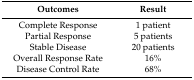
<table><thead><tr><td><b>Outcomes</b></td><td><b>Result</b></td></tr></thead><tbody><tr><td>Complete Response</td><td>1 patient</td></tr><tr><td>Partial Response</td><td>5 patients</td></tr><tr><td>Stable Disease</td><td>20 patients</td></tr><tr><td>Overall Response Rate</td><td>16%</td></tr><tr><td>Disease Control Rate</td><td>68%</td></tr></tbody></table>